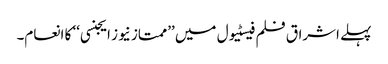
پہلے اشراق فلم فیسٹیول میں ’’ممتاز نیوز ایجنسی‘‘ کا انعام۔